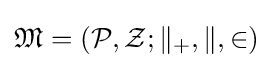
{\mathfrak {M}}=({\mathcal {P}},{\mathcal {Z}};\parallel _{+},\parallel ,\in )